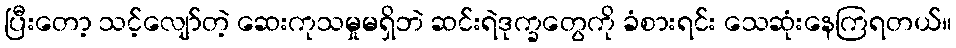
ပြီးတော့ သင့်လျော်တဲ့ ဆေးကုသမှုမရှိဘဲ ဆင်းရဲဒုက္ခတွေကို ခံစားရင်း သေဆုံးနေကြရတယ်။